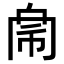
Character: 𢃁